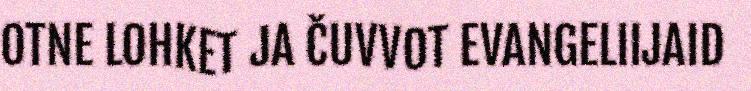
OTNE LOHKET JA ČUVVOT EVANGELIIJAID